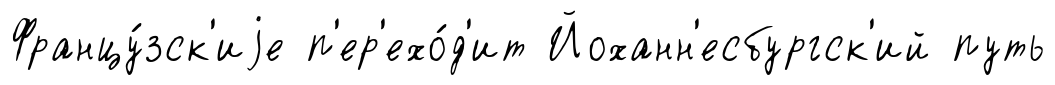
Францу́зск'иjе п'ер'ехо́д'ит Йоханн'есбургск'ий путь